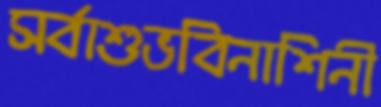
সর্বাশুভবিনাশিনী